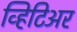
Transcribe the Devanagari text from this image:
व्हिटिअर